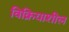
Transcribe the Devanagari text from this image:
विक्रियाशील